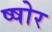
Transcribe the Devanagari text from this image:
ष्षोर